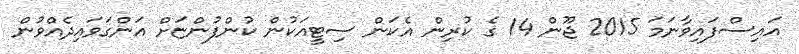
އައިސްފައިވާނަމަ 2015 ޖޫން 14 ގެ ކުރިން އެކަން ސިޓީއަކުން ކުންފުންޏަށް އަންގަވައިދެއްވުން